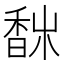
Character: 𩡀